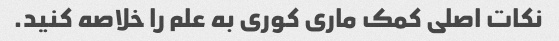
نکات اصلی کمک ماری کوری به علم را خلاصه کنید.